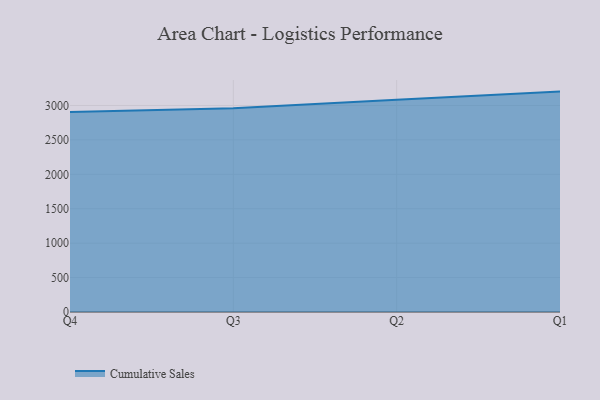
{"axis": {"x": "Quarter", "y": "Website Visitors"}, "legend": ["Cumulative Sales"], "data": [{"x": "Q4", "y": 2904.1, "type": "Cumulative Sales"}, {"x": "Q3", "y": 2957.8, "type": "Cumulative Sales"}, {"x": "Q2", "y": 3084.1, "type": "Cumulative Sales"}, {"x": "Q1", "y": 3201.4, "type": "Cumulative Sales"}]}